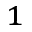
^ { 1 }